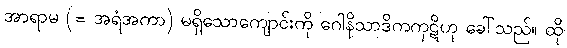
အာရာမ (= အရံအကာ) မရှိသောကျောင်းကို ဂေါနိသာဒိကကုဋိဟု ခေါ်သည်။ ထို